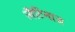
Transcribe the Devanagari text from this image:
लैटिनाज